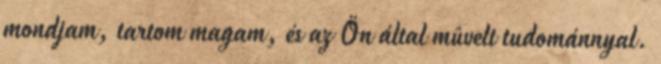
mondjam, tartom magam, és az Ön által mûvelt tudománnyal.